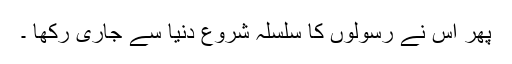
پھر اس نے رسولوں کا سلسلہ شروع دنیا سے جاری رکھا ۔